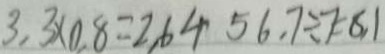
3 , 3 \times 0 . 8 = 2 . 6 4 5 6 . 7 \div 7 = 8 . 1